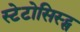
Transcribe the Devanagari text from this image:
स्टेटोसिस्ट्स